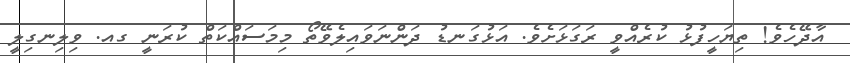
އާދޭހެވެ! ތިޔަހީފުޅު ކުރެއްވީ ރަގަޅަށެވެ. އަޅުގަނޑު ދަންނަވައިލެވޭތޯ މިމަސައްކަތް ކުރަނީ ގއ. ވިލިނގިލީ